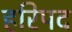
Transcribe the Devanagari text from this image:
हरिपद